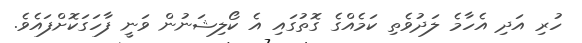
ހުރި އަދި އެހާމެ ލަދުވެތި ކަމެއްގެ ގޮތުގައި އެ ކޯލިޝަނުން ވަނީ ފާހަގަކޮށްފައެވެ.